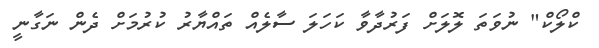
ކްލޯކް" ނުވަތަ ލޮލަށް ފަރުދާވާ ކަހަލަ ސާލެއް ތައްޔާރު ކުރުމަށް ދެން ނަގާނީ